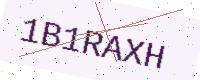
Text: 1B1RAXH